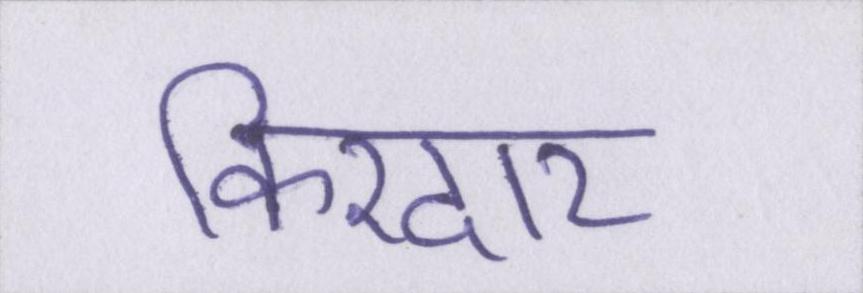
किरदार